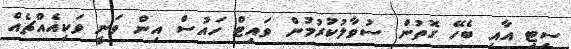
ސިޓީ އާއި ބެހޭ ގޮތުން ސުވާލުކުރުމުން ވައިޓް ހައުސް އިން ވަނީ ވަކިއެއްޗެއް